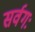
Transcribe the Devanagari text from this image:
सर्वगः